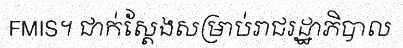
FMIS។ ជាក់ស្តែងសម្រាប់រាជរដ្ឋាភិបាល